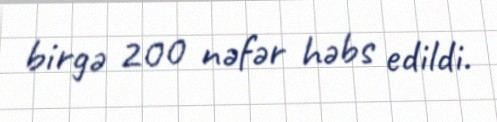
birgə 200 nəfər həbs edildi.